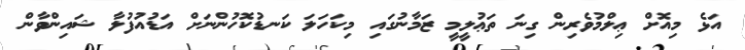
އަޅެ މިއޮށް ޢިލްމުވެރިން ގިނަ ތަޢުލީމީ ޒަމާނުގައި މިކަހަލަ ކަނޑުކޮހުންނަށް އަޑުއުފުލާ ޝައިންވާން